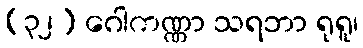
(၃၂) ဂေါကဏ္ဏာ သရဘာ ရုရူ၊